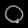
Digit: ၀